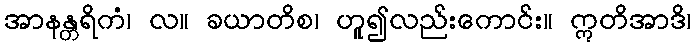
အာနန္တရိကံ၊ လ။ ခယာတိစ၊ ဟူ၍လည်းကောင်း။ ဣတိအာဒိ၊